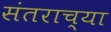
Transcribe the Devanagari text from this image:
संतराच्या